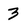
Character: 3